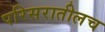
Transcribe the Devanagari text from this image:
परिसरातीलच